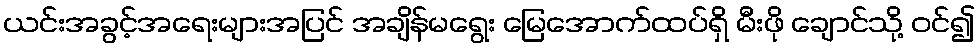
ယင်းအခွင့်အရေးများအပြင် အချိန်မရွေး မြေအောက်ထပ်ရှိ မီးဖို ချောင်သို့ ဝင်၍